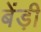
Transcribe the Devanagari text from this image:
बेंड़ी